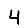
Digit: 4